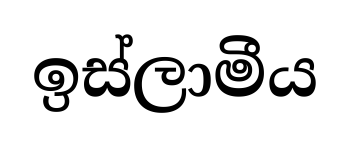
ඉස්ලාමීය